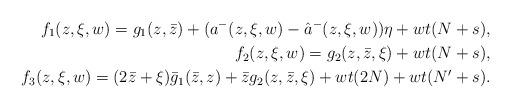
LaTeX: \begin{align*}f_1(z,\xi,w)=g_1(z,\bar z)+( a^-(z,\xi,w)-\hat a^-(z,\xi,w))\eta+wt(N+s),\\f_2(z,\xi,w)=g_2(z,\bar z,\xi)+wt(N+s), \\ f_3(z,\xi,w)=(2\bar z+\xi)\bar g_1(\bar z,z)+\bar zg_2(z,\bar z,\xi)+wt(2N)+wt(N'+s).\end{align*}